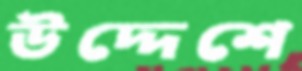
উদ্দেশে